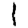
Digit: 1